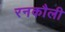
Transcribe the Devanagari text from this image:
रनकौली